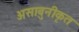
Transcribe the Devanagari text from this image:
असाबुनीकृत